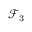
{ \mathcal { F } } _ { 3 }